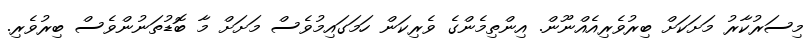
މިސަރުކާރު މަށަކަށް ބިރުވެރިއެއްނޫން. އިންތިމެންގެ ވެރިކަން ހަމަގައިމުވެސް މަށަށް މާ ބޮޑުތަނުންވެސް ބިރުވެރި.